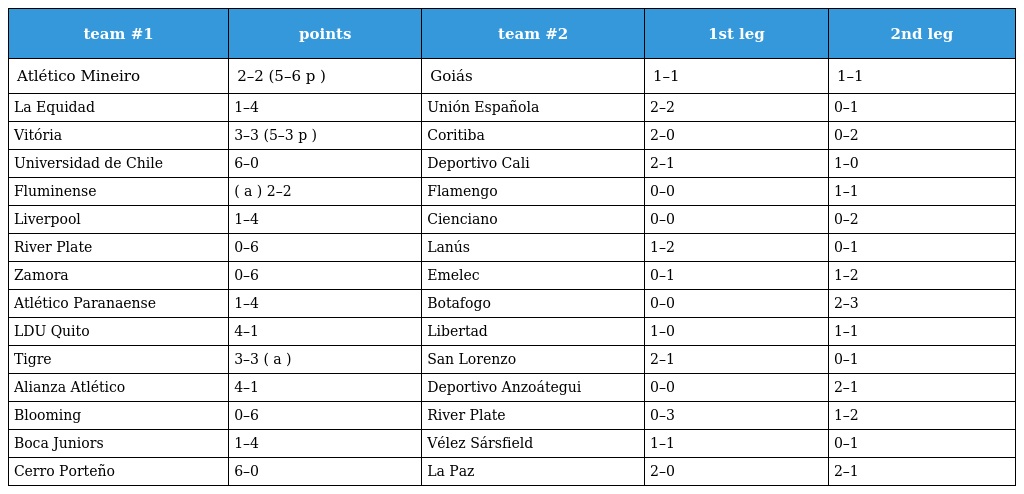
| team #1 | points | team #2 | 1st leg | 2nd leg |
 | --- | --- | --- | --- | --- |
 | Atlético Mineiro | 2–2 (5–6 p ) | Goiás | 1–1 | 1–1 |
 | La Equidad | 1–4 | Unión Española | 2–2 | 0–1 |
 | Vitória | 3–3 (5–3 p ) | Coritiba | 2–0 | 0–2 |
 | Universidad de Chile | 6–0 | Deportivo Cali | 2–1 | 1–0 |
 | Fluminense | ( a ) 2–2 | Flamengo | 0–0 | 1–1 |
 | Liverpool | 1–4 | Cienciano | 0–0 | 0–2 |
 | River Plate | 0–6 | Lanús | 1–2 | 0–1 |
 | Zamora | 0–6 | Emelec | 0–1 | 1–2 |
 | Atlético Paranaense | 1–4 | Botafogo | 0–0 | 2–3 |
 | LDU Quito | 4–1 | Libertad | 1–0 | 1–1 |
 | Tigre | 3–3 ( a ) | San Lorenzo | 2–1 | 0–1 |
 | Alianza Atlético | 4–1 | Deportivo Anzoátegui | 0–0 | 2–1 |
 | Blooming | 0–6 | River Plate | 0–3 | 1–2 |
 | Boca Juniors | 1–4 | Vélez Sársfield | 1–1 | 0–1 |
 | Cerro Porteño | 6–0 | La Paz | 2–0 | 2–1 |